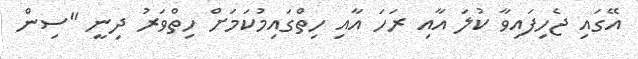
އޭގައި ޖެހިފައިވާ ކުލަ އާއި ރަހަ އާއި ހިތްގައިމުކަމަށް ހިތްވަރު ދިނީ "ސިން